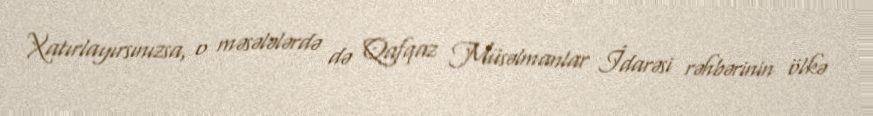
Xatırlayırsınızsa, o məsələlərdə də Qafqaz Müsəlmanlar İdarəsi rəhbərinin ölkə